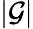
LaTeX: |\mathcal{G}|